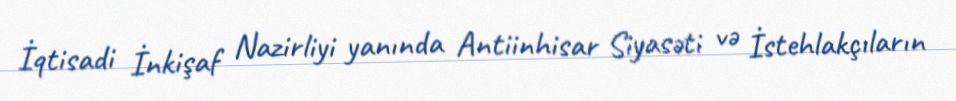
İqtisadi İnkişaf Nazirliyi yanında Antiinhisar Siyasəti və İstehlakçıların